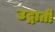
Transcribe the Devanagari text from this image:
उद्गाती